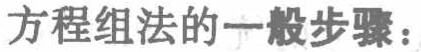
方程组法的一般步骤：